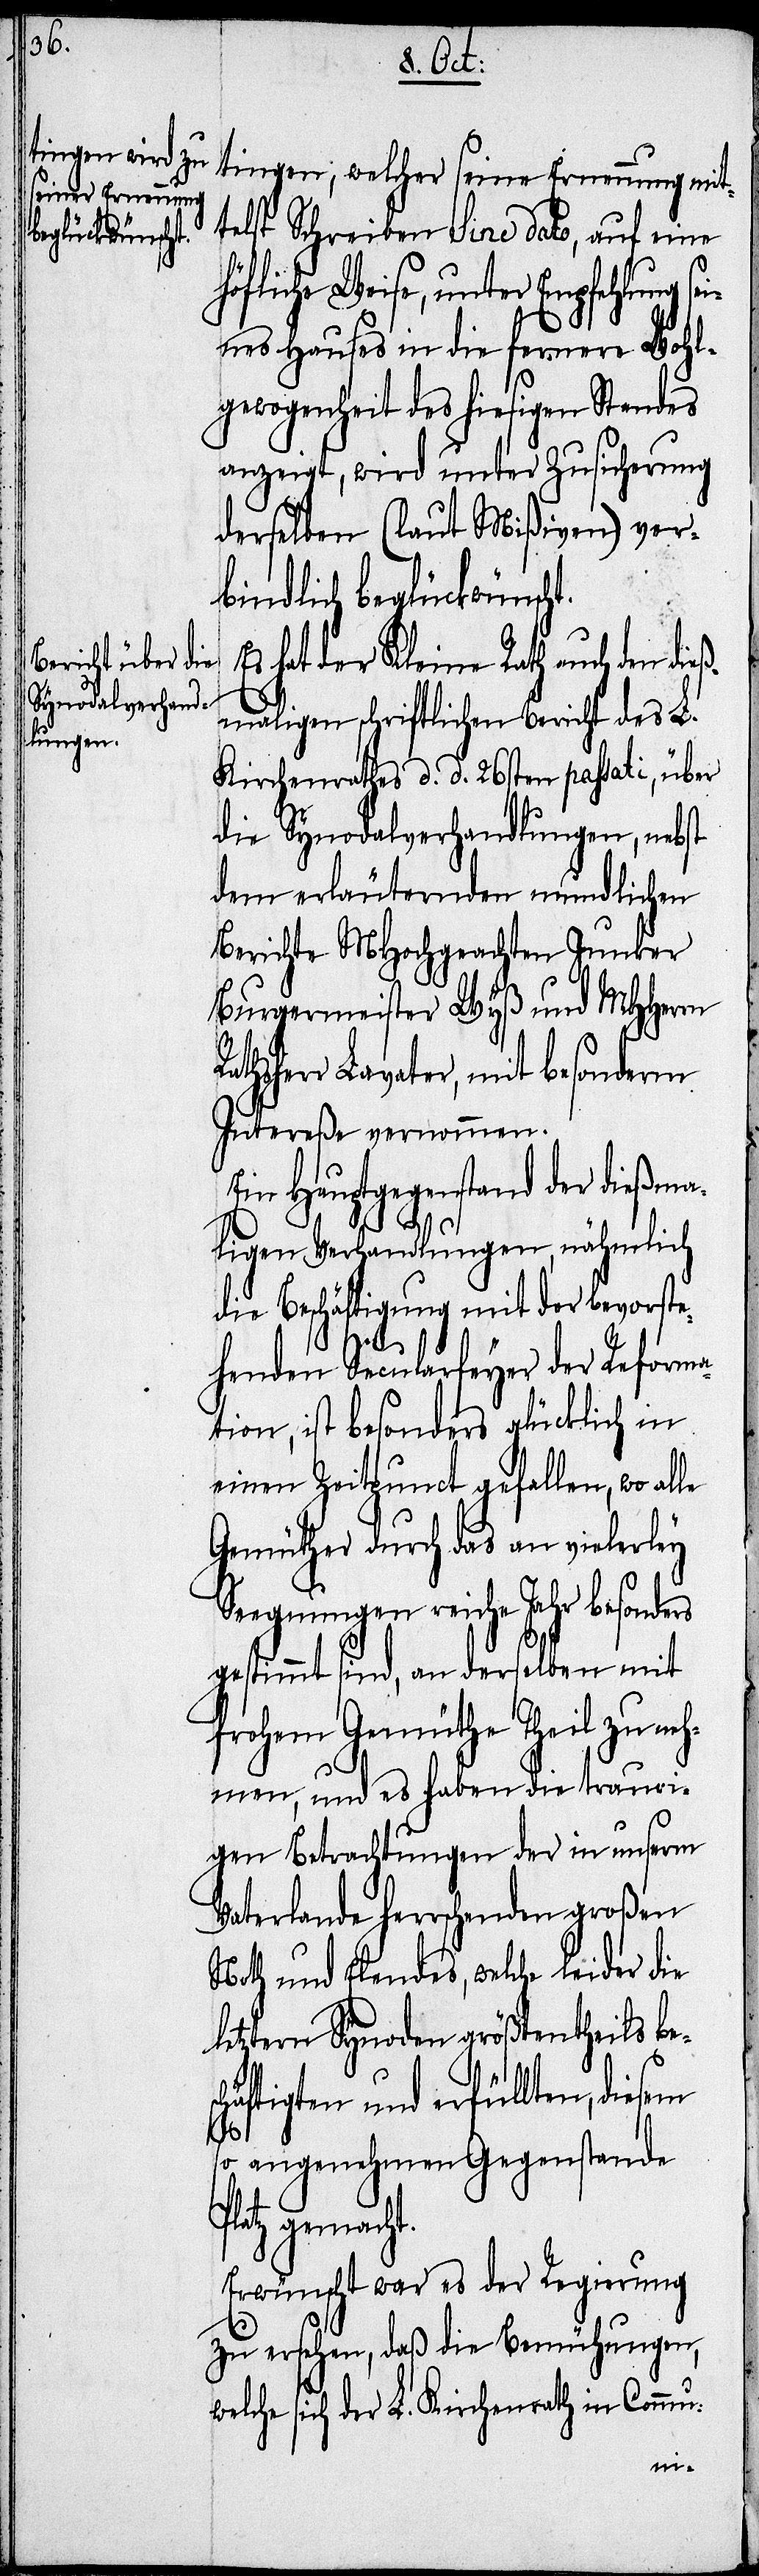
tingen, welcher seine Ernennung mit¬
telst Schreiben sine dato, auf eine
höfliche Weise, unter Empfehlung se¬
ines Hauses in die fernere Wohl¬
gewogenheit des hiesigen Standes
anzeigt, wird unter Zusicherung
derselben (laut Mißiven) ver¬
bindlich beglückwünscht.
Es hat der Kleine Rath auch den die¬
ßmaligen schriftlichen Bericht des L.
Kirchenrathes d. d. 26sten passati, über
die Synodalverhandlungen, nebst
dem erläuternden mundlichen
Berichte MHochgeachten Junker
Burgermeister Wyß und MHHerrn
athsherr Lavater, mit besonderm
Intereße vernommen.
Hauptgegenstand der dießm¬
aligen Verhandlungen, nähmlich
die Beschäftigung mit der bevorst¬
ehenden Secularfeyer der Reforma¬
tion, ist besonders glücklich in
einen Zeitpunct gefallen, wo alle
Gemüther durch das an vielerley
Seegnungen reiche Jahr besonders
gestimmt sind, an derselben mit
frohem Gemüthe Theil zu neh¬
men, und es haben die trauri¬
gen Betrachtungen der in unserm
Vaterlande herrschenden großen
Noth und Elendes, welche leider die
letztern Synoden größtentheils be¬
äftigten und erfüllten, diesem
P¬
so angenehmen Gegenstande
latz gemacht.
Erwünscht war es der Regierung
zu ersehen, daß die Bemühungen,
welche sich der L. Kirchenrath in Commu-